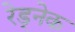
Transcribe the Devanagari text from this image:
रेड्नेक